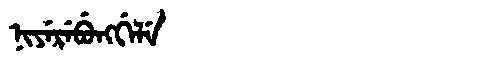
Manchu: ᠨᡳᠶᡝᡵᡝᠪᡠᠩᡤᡝᠯᡝ
Romanization: NIYEREBUNGGELE